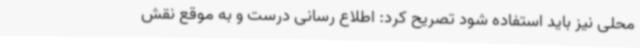
محلی نیز باید استفاده شود تصریح کرد: اطلاع رسانی درست و به موقع نقش